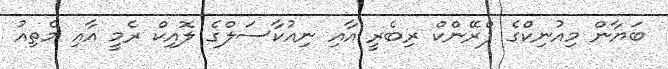
ބަޔާން މިއުނިކްގެ ފްރޭންކް ރިބެރީ އާއި ނިއުކާސަލްގެ ލޮއިކް ރެމީ އާއި މެތިއު